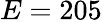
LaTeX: E=205